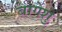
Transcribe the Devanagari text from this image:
बागेशु